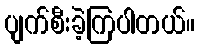
ပျက်စီးခဲ့ကြပါတယ်။